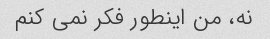
نه، من اینطور فکر نمی کنم